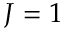
J = 1